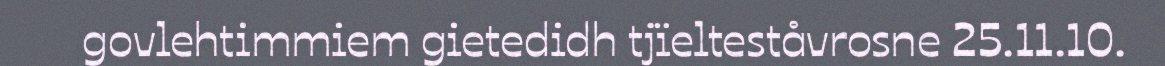
govlehtimmiem gietedidh tjïelteståvrosne 25.11.10.